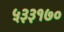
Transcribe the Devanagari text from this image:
५३३१७०